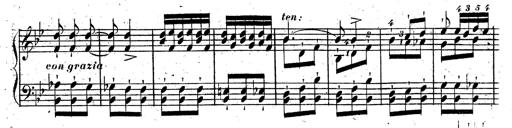
Title: Rondeau fantastique sur un thÃ¨me espagnol
Composer: Franz Liszt